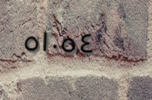
٥١٠٥٤